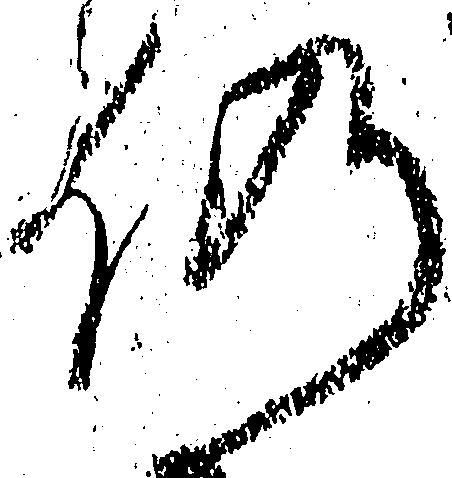
仍